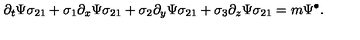
\partial _ { t } \Psi \sigma _ { 2 1 } + \sigma _ { 1 } \partial _ { x } \Psi \sigma _ { 2 1 } + \sigma _ { 2 } \partial _ { y } \Psi \sigma _ { 2 1 } + \sigma _ { 3 } \partial _ { z } \Psi \sigma _ { 2 1 } = m \Psi ^ { \bullet } .